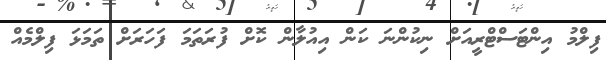
ފިލްމު އިންޓަސްޓްރީއަށް ނިކުންނަ ކަން އިއުލާން ކޮށް ފުރަތަމަ ފަހަރަށް ތަމަޅަ ފިލްމެއް